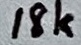
Text: 18k